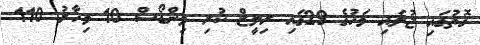
ގޮތުގައި ޖުލައި މަހުގެ 29ގައި ރިލީޒް ކުރި ވިންޑޯސް 10 މިހާރު 110